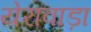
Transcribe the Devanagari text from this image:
येरावाड़ा